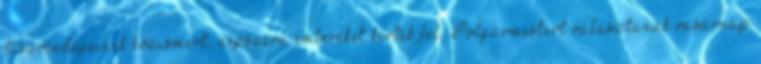
díszvendégeinek közismert, népszerű embereket kértek fel. Polgármestert választanak vasárnap